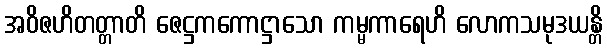
အဝိဇဟိတတ္တာတိ ဇေဋ္ဌကကောဋ္ဌာသော ကမ္မကာရေဟိ လောကသမုဒယန္တိ